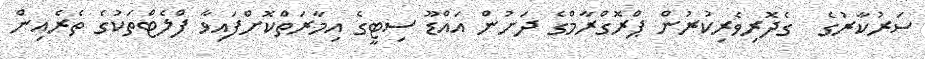
ސަރުކާރުގެ  ގެދޮރިވެރިކުރުން ޕްރޮގްރާމްގެ ދަށުން އައްޑޫ ސިޓީގެ އިމާރަތްކޮށްފައިވާ ފްލެޓްތަކުގެ ތެރެއިން